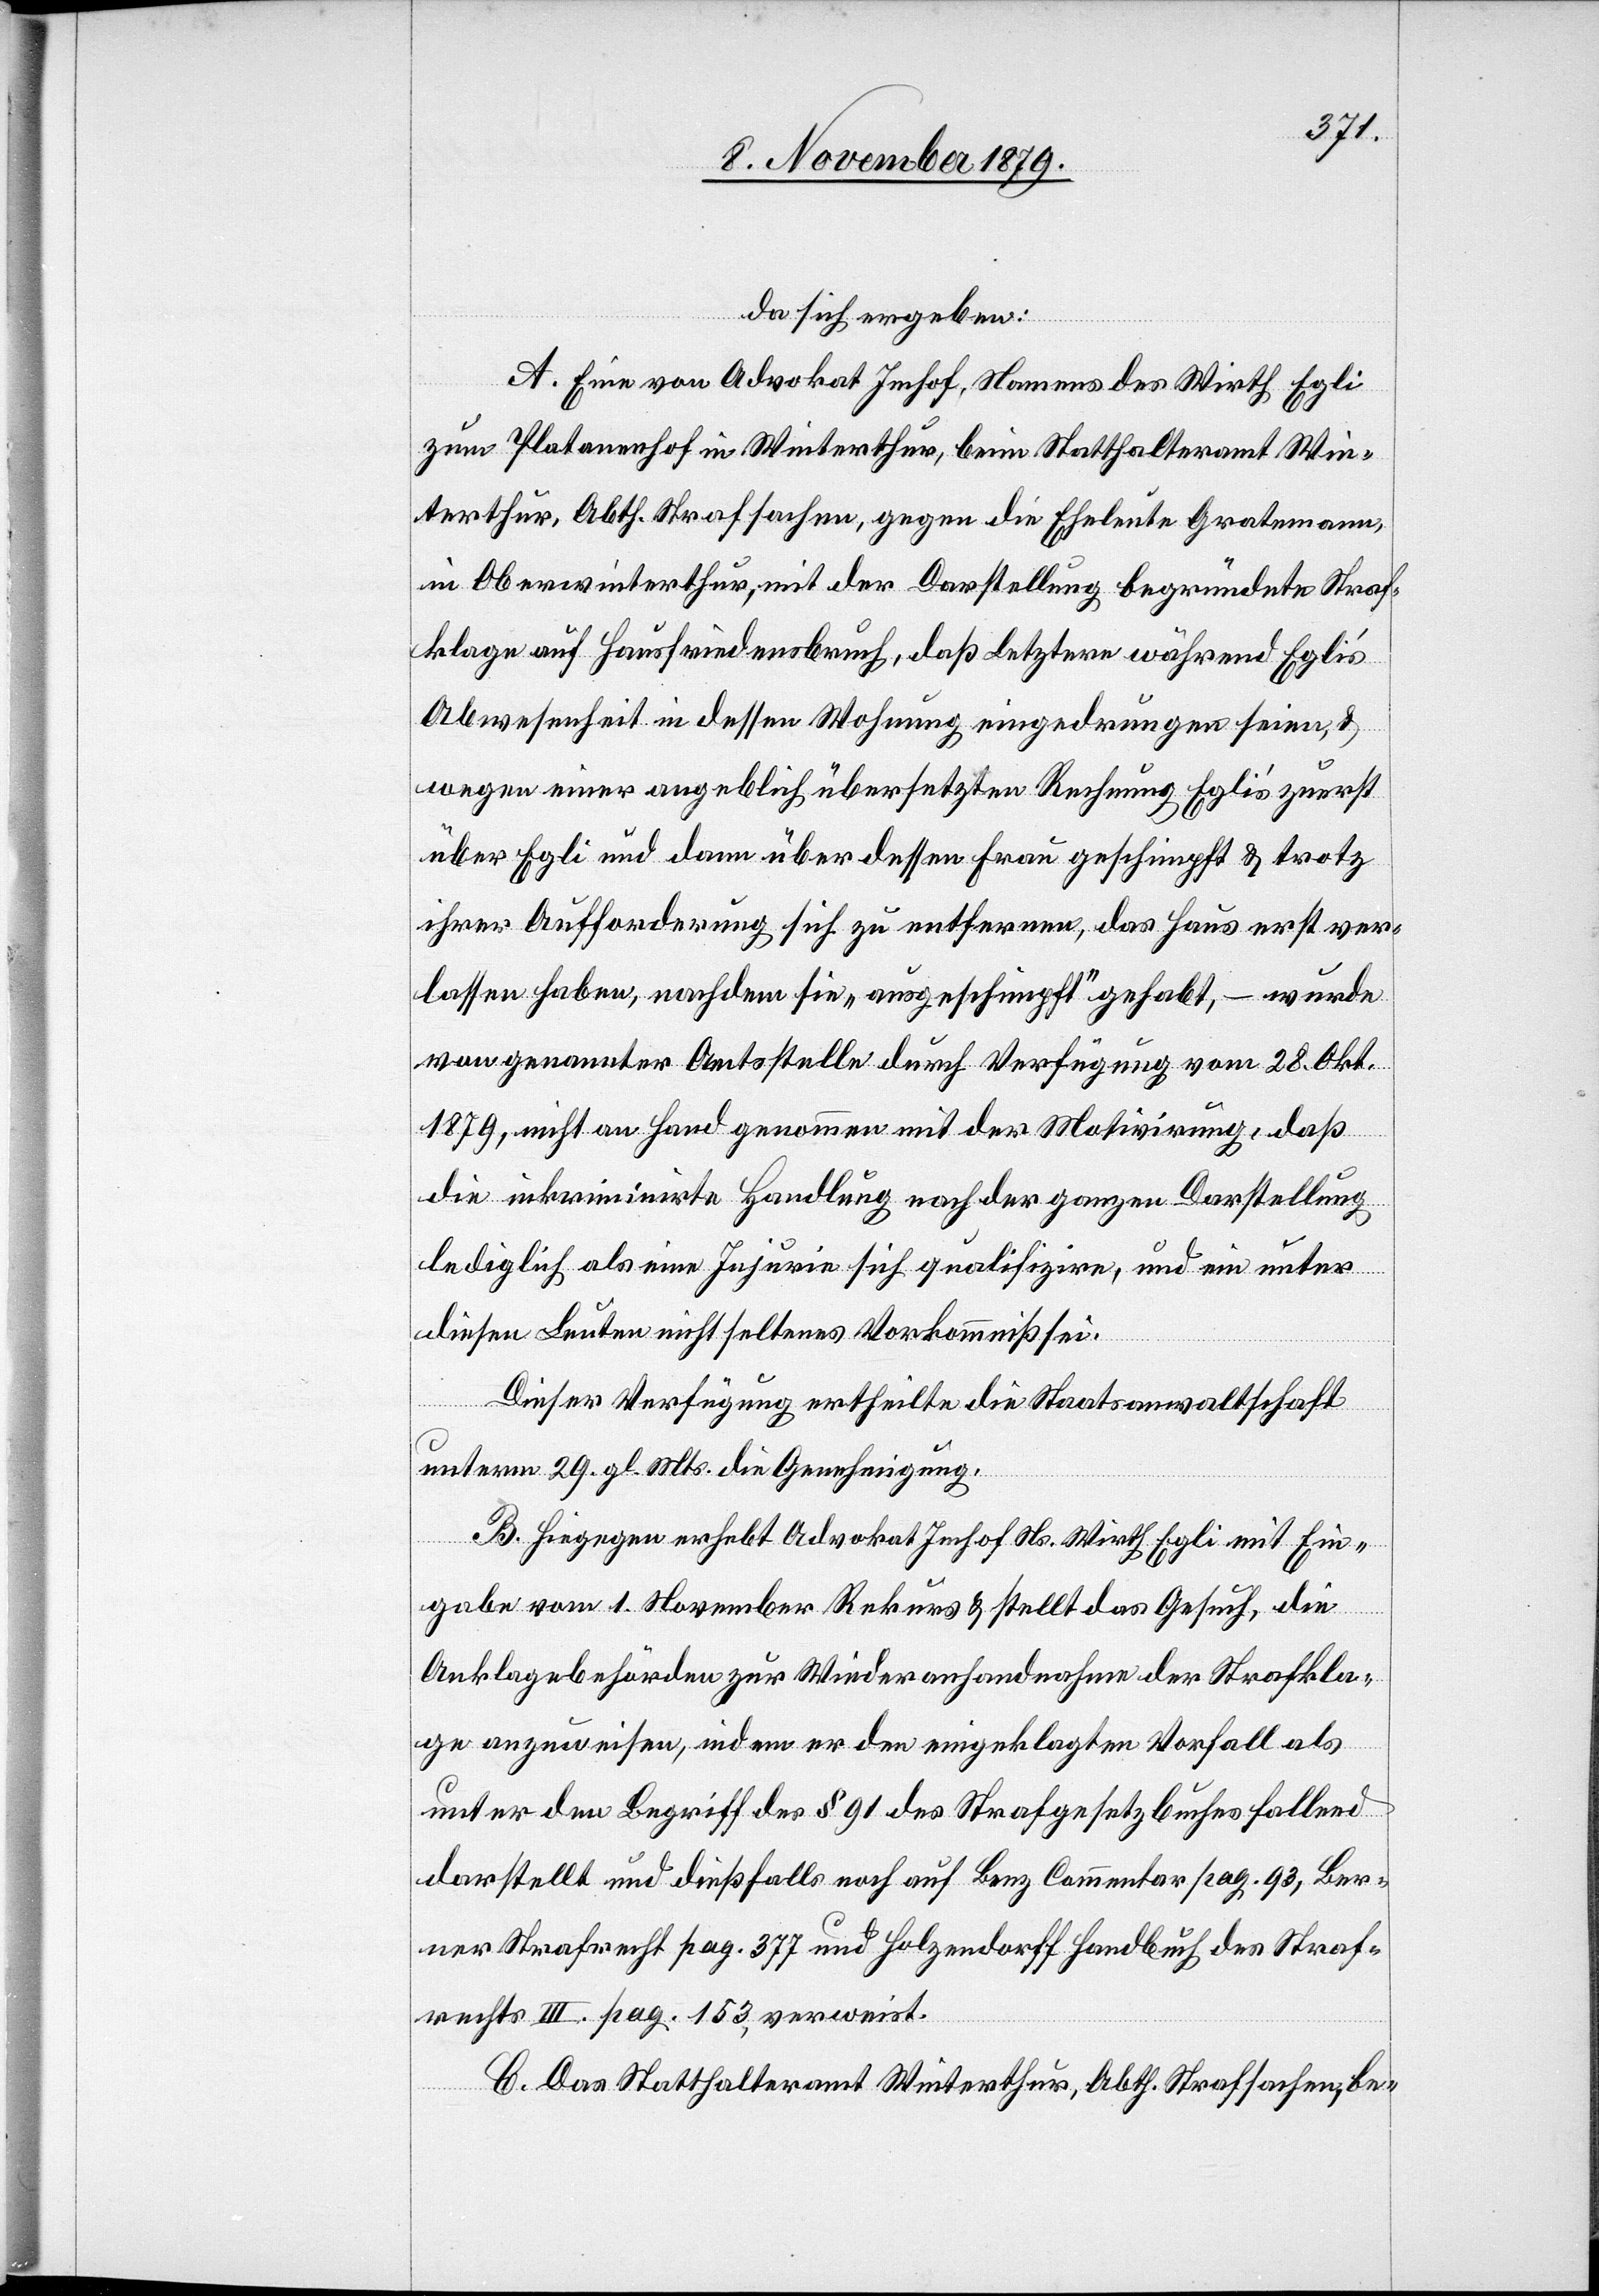
da sich ergeben:
A. Eine von Advokat Imhof, Namens des Wirth Egli
zum Platanenhof in Winterthur, beim Statthalteramt Win¬
terthur, Abth. Strafsachen, gegen die Eheleute Gratemann,
in Oberwinterthur, mit der Darstellung begründete Straf¬
klage auf Hausfriedensbruch, daß letztere während Eglis’
Abwesenheit in dessen Wohnung eingedrungen seien &
wegen einer angeblich übersetzten Rechnung Eglis’ zuerst
über Egli und dann über dessen Frau geschimpft & trotz
ihrer Aufforderung sich zu entfernen, das Haus erst ver¬
lassen haben, nachdem „ausgeschimpft“ gehabt, – wurde
von genannter Amtsstelle durch Verfügung vom 28. Okt.
1879, nicht an Hand genommen mit der Motivirung, daß
die inkriminirte Handlung nach der ganzen Darstellung
lediglich als eine Injurie sich qualifizire, und ein unter
diesen Leuten nicht seltenes Vorkommniß sei.
Dieser Verfügung ertheilte die Staatsanwaltschaft
unterm 29. gl. Mts. die Genehmigung.
B. Hingegen erhebt Advokat Imhof Ns. Wirth Egli mit Ein¬
gabe vom 1. November Rekurs & stellt das Gesuch, die
Anklagebehörden zur Wiederaufnahme der Strafkla¬
ge anzuweisen, indem er den eingeklagten Vorfall als
unter den Begriff des § 91 des Strafgesetzbuches fallend
darstellt und dießfalls noch auf Benz Commentar pag. 93, Ber¬
ner Strafrecht pag. 377 und Holzendorff Handbuch des Straf¬
rechtes III. pag. 153, verweist.
C. Das Statthalteramt Winterthur, Abth. Strafsachen, be-